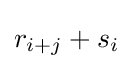
r_{i+j}+s_{i}